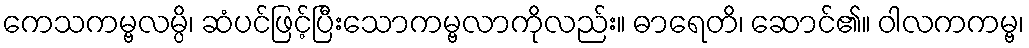
ကေသကမ္ဗလမ္ပိ၊ ဆံပင်ဖြင့်ပြီးသောကမ္ဗလာကိုလည်း။ ဓာရေတိ၊ ဆောင်၏။ ဝါလကကမ္ဗ၊